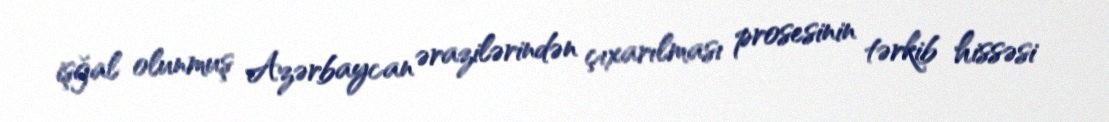
işğal olunmuş Azərbaycan ərazilərindən çıxarılması prosesinin tərkib hissəsi